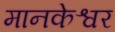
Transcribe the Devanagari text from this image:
मानकेश्वर